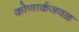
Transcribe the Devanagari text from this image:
कोणार्कजवळ